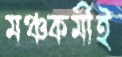
মঞ্চকর্মীই